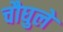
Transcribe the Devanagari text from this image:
चौघुले